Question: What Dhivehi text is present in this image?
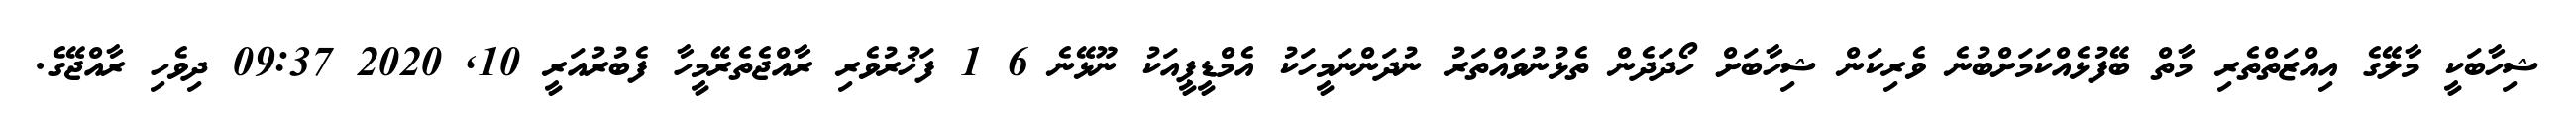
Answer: ޝިހާބަކީ މާލޭގެ އިއްޒަތްތެރި މާތް ބޭފުޅެއްކަމަށްބުނެ ވެރިކަން ޝިހާބަށް ހޯދަދެން ތެޅުނުވައްތަރު ނުދަންނަމީހަކު އެމްޑީޕީއަކު ނޫޅޭނެ 6 1 ފަޚުރުވެރި ރާއްޖެތެރޭމީހާ ފެބުރުއަރީ 10, 2020 09:37 ދިވެހި ރާއްޖޭގެ.